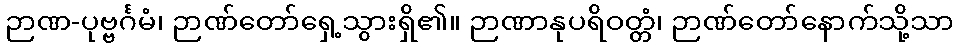
ဉာဏ-ပုဗ္ဗင်္ဂမံ၊ ဉာဏ်တော်ရှေ့သွားရှိ၏။ ဉာဏာနုပရိဝတ္တံ၊ ဉာဏ်တော်နောက်သို့သာ